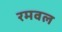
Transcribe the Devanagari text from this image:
रमवल